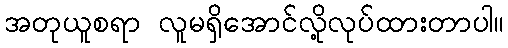
အတုယူစရာ လူမရှိအောင်လို့လုပ်ထားတာပါ။